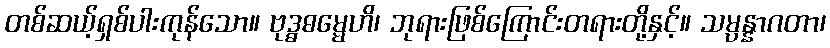
တစ်ဆယ့်ရှစ်ပါးကုန်သော။ ဗုဒ္ဓဓမ္မေဟိ၊ ဘုရားဖြစ်ကြောင်းတရားတို့နှင့်။ သမ္ပန္နာဂတာ၊